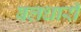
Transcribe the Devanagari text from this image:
बलधारी